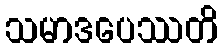
သမာဒပေဿတိ